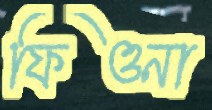
ফিওনা